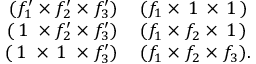
\begin{array} { r l } { ( f _ { 1 } ^ { \prime } \times f _ { 2 } ^ { \prime } \times f _ { 3 } ^ { \prime } ) \, } & { ( f _ { 1 } \times \, 1 \, \times \, 1 \, ) } \\ { ( \, 1 \; \times f _ { 2 } ^ { \prime } \times f _ { 3 } ^ { \prime } ) \, } & { ( f _ { 1 } \times f _ { 2 } \times \, 1 \, ) } \\ { ( \, 1 \; \times \, 1 \; \times f _ { 3 } ^ { \prime } ) \, } & { ( f _ { 1 } \times f _ { 2 } \times f _ { 3 } ) . } \end{array}